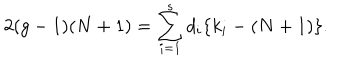
2 ( g - 1 ) ( N + 1 ) = \sum _ { i = 1 } ^ { s } d _ { i } \{ k _ { i } - ( N + 1 ) \} .